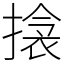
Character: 搇